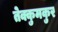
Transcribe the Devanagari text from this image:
तेक्कुमकुर